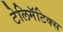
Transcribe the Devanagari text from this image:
टेलिमॅटिक्स